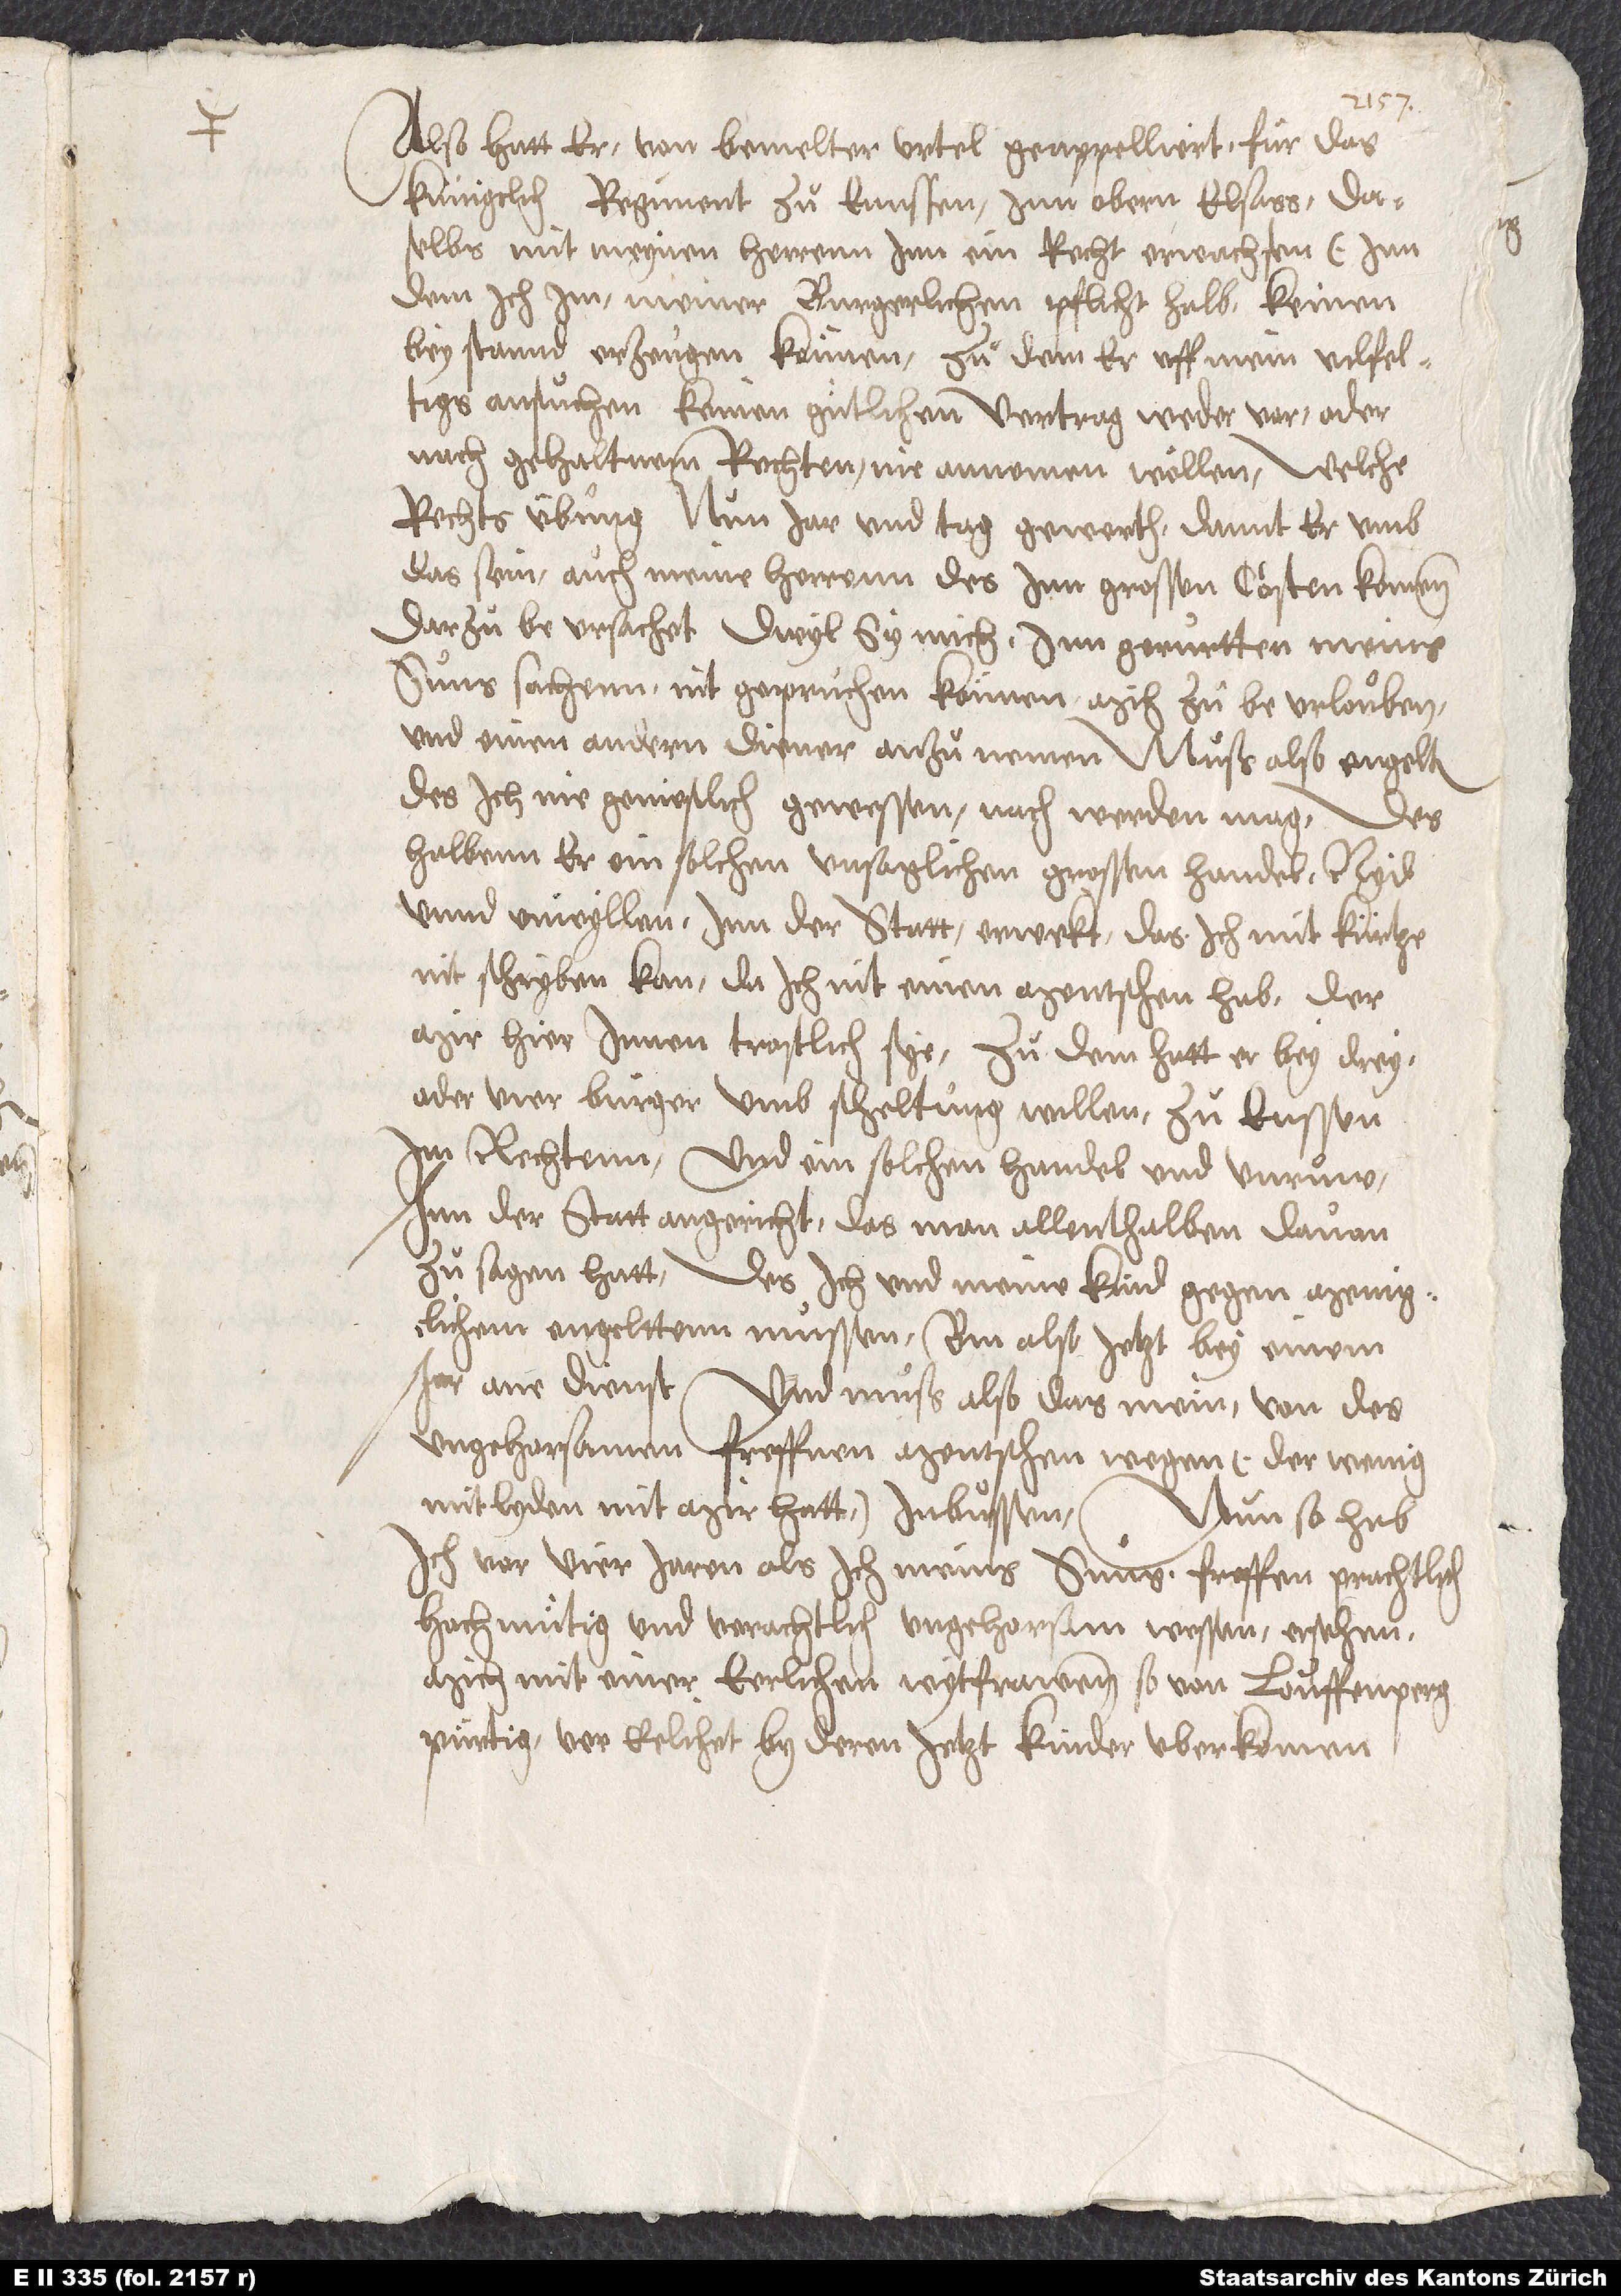
Also hatt er von bemelter urtel geappelliert für das
künigclich regiment zuͦ Ennssen inn obern Elsass, daselbs
mit meynen herr en in ein recht erwachsen (in
dem ich im, meiner burgerlichen pflicht halb), keinen
beystand erzeugen können, zu dem er uff mein vilfeltigs
ansuͦchen keinen guͤtlichen vertrag weder vor oder
rechtsuͤbung nun jar und tag gewerth, damit er umb
das sein, auch meine herren des inn grossen costen komenn,
darzuͦ beursachet, dwyl sy mich inn gerurtten meins
suns sachenn nit gepruchen können, mich zuͦ beurlouben
das ich nie genießlich gewesen nach werden mag.
Deshalbenn er ein solchen unsaglichen grossen handel, nyd
und unwyllen inn der statt erweckt, das ich mit kürtze
nit schryben kan, da ich nit einen mentschen hab, der
mir hierinnen trostlich sye. Zu dem hatt er bey drey
oder vier burger umb scheltung willen zuͦ Enssen
im rechtenn und ein solchen handel und unruͦw
inn der statt angericht, das man allenthalben davon
zu sagen hatt, des ich und meine kind gegen
engelttenn müssen. Bin also jetzt bey einem
ane dienst und muß also das mein von des
ungehorsamen freffnen mentschen wegen (der wenig
mitleyden mitt mir hatt) inbuͦssen. Nun so hab
ich vor vier jaren, als ich meins suns freffen, prachtlich,
hochmuͤtig und verachtlich, ungehorsam wessen ersehen,
mich mit einer eerlichen wytfrawen, so von Louffenperg
pürtig, vereelichet, by deren jetzt kinder uberkomen.